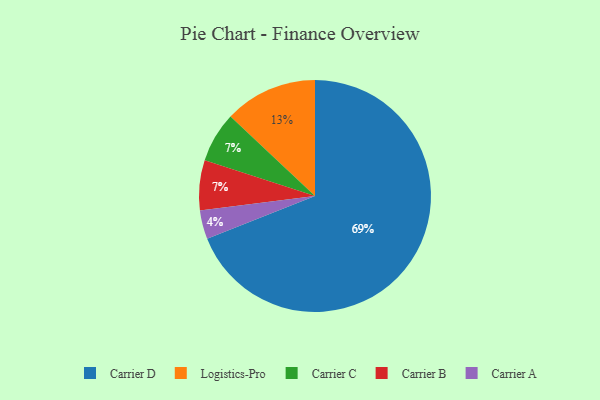
{"axis": {"x": "Category", "y": "Percentage"}, "legend": ["Carrier A", "Carrier B", "Carrier C", "Carrier D", "Logistics-Pro"], "data": [{"x": "Carrier D", "y": 69, "type": "Carrier D"}, {"x": "Carrier C", "y": 7, "type": "Carrier C"}, {"x": "Carrier A", "y": 4, "type": "Carrier A"}, {"x": "Carrier B", "y": 7, "type": "Carrier B"}, {"x": "Logistics-Pro", "y": 13, "type": "Logistics-Pro"}]}